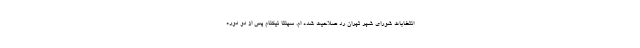
انتخابات شورای شهر تهران رد صلاحیت شده ام. سپنتا نیکنام پس از دو دوره